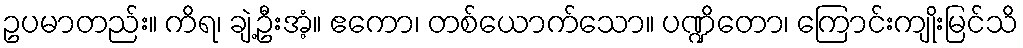
ဥပမာတည်း။ ကိရ၊ ချဲ့ဦးအံ့။ ဧကော၊ တစ်ယောက်သော။ ပဏ္ဍိတော၊ ကြောင်းကျိုးမြင်သိ